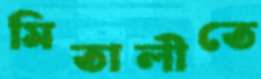
মিতালীতে